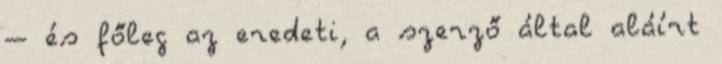
– és főleg az eredeti, a szerző által aláírt